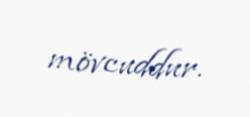
mövcuddur.